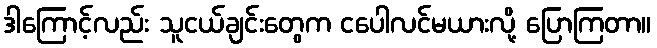
ဒါကြောင့်လည်း သူငယ်ချင်းတွေက ငပေါလင်မယားလို့ ပြောကြတာ။